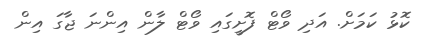
ކޮޅު ކަމަށް. އަދި ވޯޓް ފޮށީގައި ވޯޓް ލާން އިންނަ ޖާގަ އިން